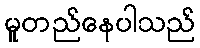
မူတည်နေပါသည်